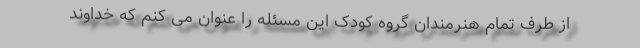
از طرف تمام هنرمندان گروه کودک این مسئله را عنوان می کنم که خداوند